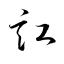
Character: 訌